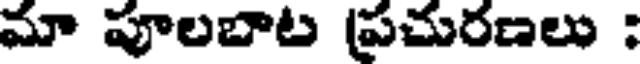
మా పూలబాట ప్రచురణలు :